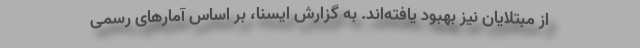
از مبتلایان نیز بهبود یافته‌اند. به گزارش ایسنا، بر اساس آمارهای رسمیِ